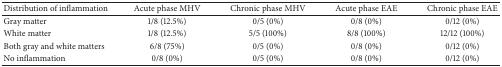
<table><thead><tr><td><b>Distribution of inflammation</b></td><td><b>Acute phase MHV </b></td><td><b>Chronic phase MHV </b></td><td><b>Acute phase EAE</b></td><td><b>Chronic phase EAE </b></td></tr></thead><tbody><tr><td>Gray matter</td><td>1/8 (12.5%)</td><td>0/5 (0%)</td><td>0/8 (0%)</td><td>0/12 (0%)</td></tr><tr><td>White matter</td><td>1/8 (12.5%)</td><td>5/5 (100%)</td><td>8/8 (100%)</td><td>12/12 (100%)</td></tr><tr><td>Both gray and white matters</td><td>6/8 (75%)</td><td>0/5 (0%)</td><td>0/8 (0%)</td><td>0/12 (0%)</td></tr><tr><td>No inflammation</td><td>0/8 (0%)</td><td>0/5 (0%)</td><td>0/8 (0%)</td><td>0/12 (0%)</td></tr></tbody></table>